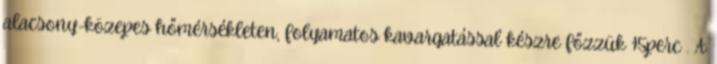
alacsony-közepes hőmérsékleten, folyamatos kavargatással készre főzzük 15perc . A